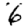
Digit: 6